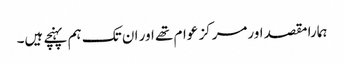
ہمارا مقصد اورمرکز عوام تھے اور ان تک ہم پہنچے ہیں۔